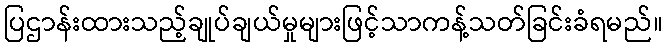
ပြဌာန်းထားသည့်ချုပ်ချယ်မှုများဖြင့်သာကန့်သတ်ခြင်းခံရမည်။